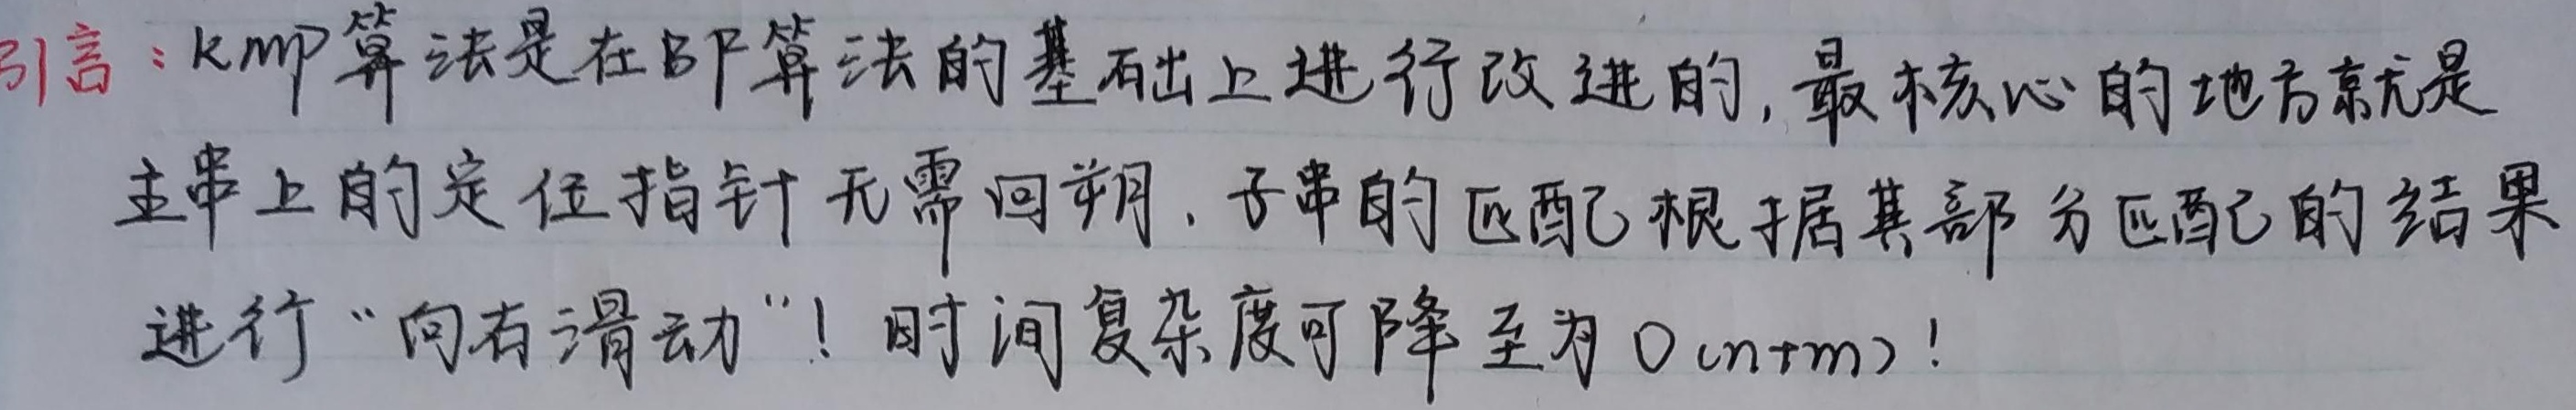
引言：kmp算法是在bf算法的基础上进行改进的，最核心的地方就是主串上的定位指针无需回溯，子串的匹配根据其部分匹配的结果进行“向右滑动”！时间复杂度可降至为$O(n + m)$！